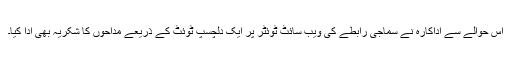
اس حوالے سے اداکارہ نے سماجی رابطے کی ویب سائٹ ٹوئٹر پر ایک دلچسپ ٹوئٹ کے ذریعے مداحوں کا شکریہ بھی ادا کیا۔